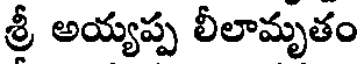
శ్రీ అయ్యప్ప లీలామృతం